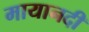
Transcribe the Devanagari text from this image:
मायानदी